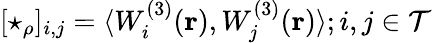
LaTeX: [\star_{\rho}]_{i,j}=\langle W_{i}^{(3)}(\mathbf{r}),W_{j}^{(3)}(\mathbf{r})\rangle;i,j\in\mathcal{T}